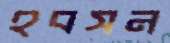
হবসন